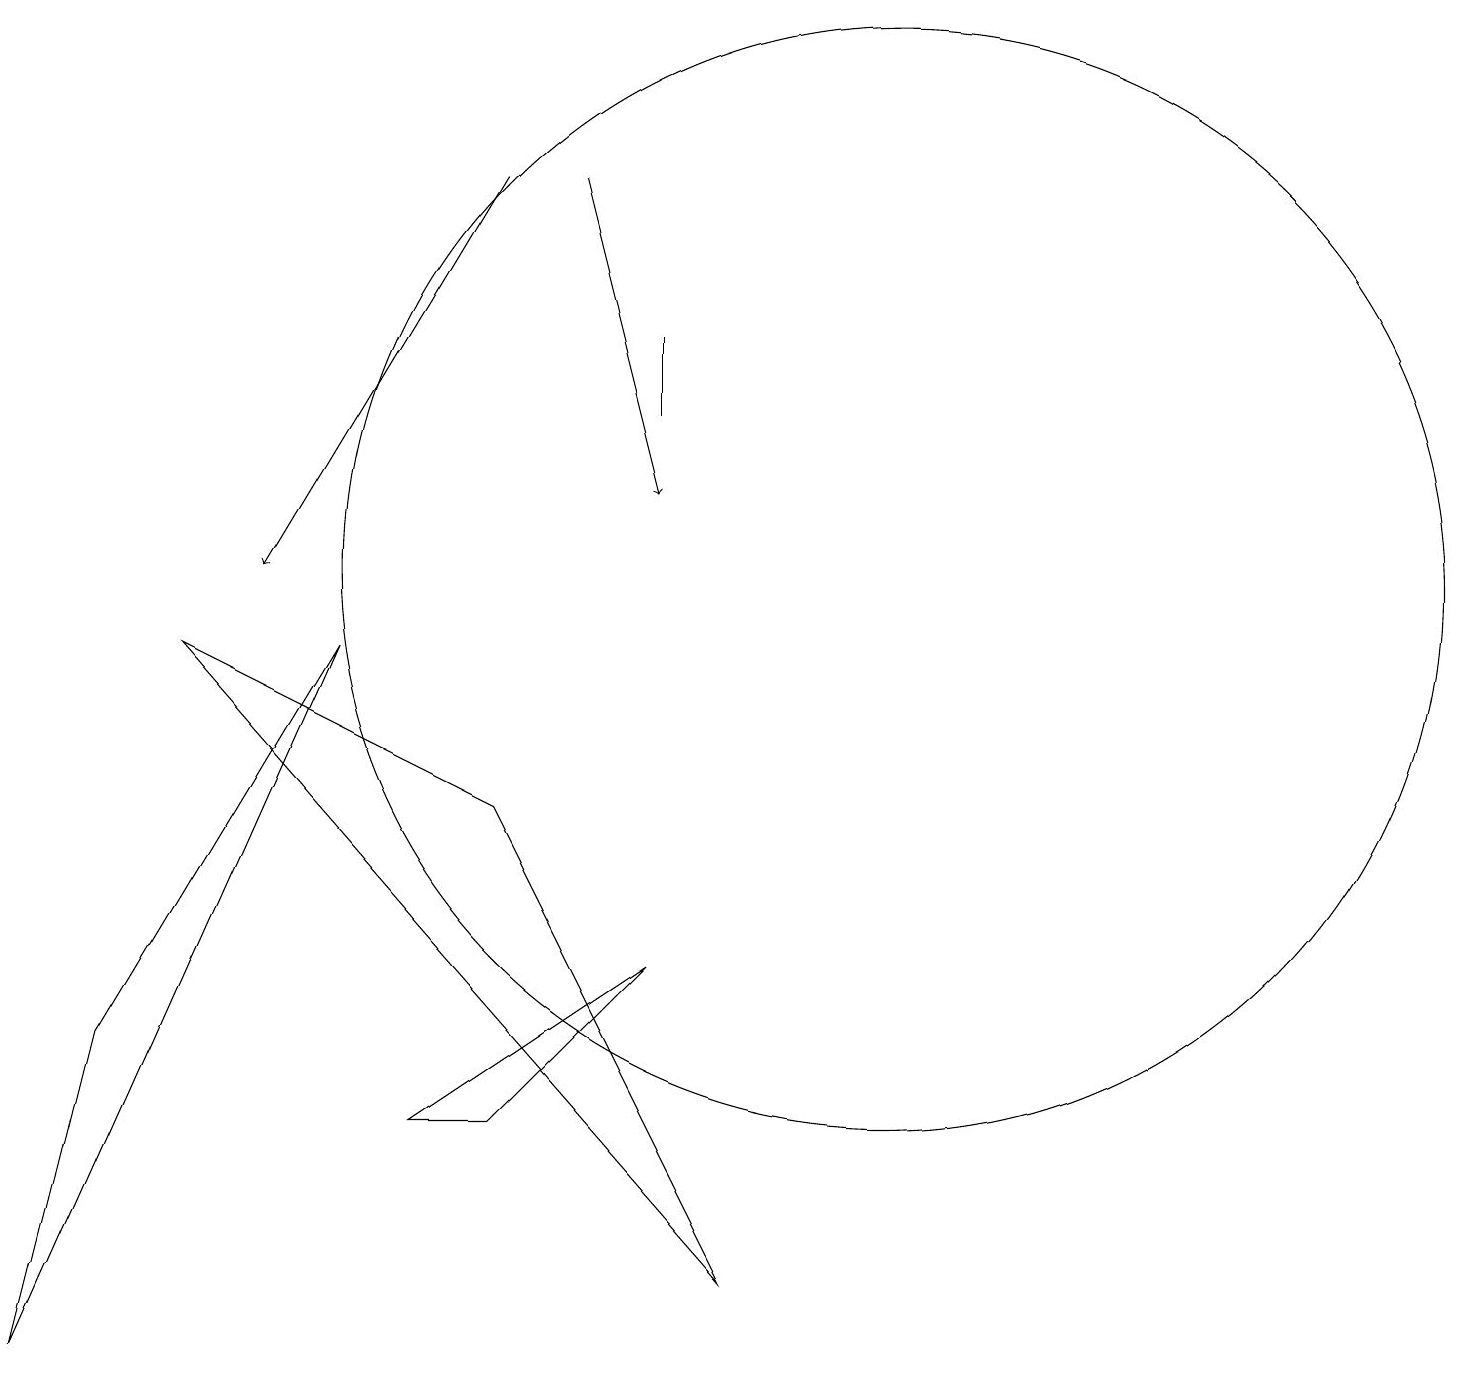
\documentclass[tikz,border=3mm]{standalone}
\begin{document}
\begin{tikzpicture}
\draw (4,9) -- (0,0) -- (1,4) -- cycle;
\draw (9,1) -- (6,7) -- (2,9) -- cycle;
\draw[->] (6,15) -- (3,10);
\draw[->] (7,15) -- (8,11);
\draw (8,12) rectangle (8,13);
\draw (8,5) -- (5,3) -- (6,3) -- cycle;
\draw (11,10) circle (7);
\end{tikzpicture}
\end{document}